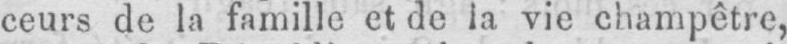
ceurs de la famille et de la vie champêtre,